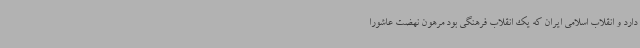
دارد و انقلاب اسلامی ایران که یک انقلاب فرهنگی بود مرهون نهضت عاشورا